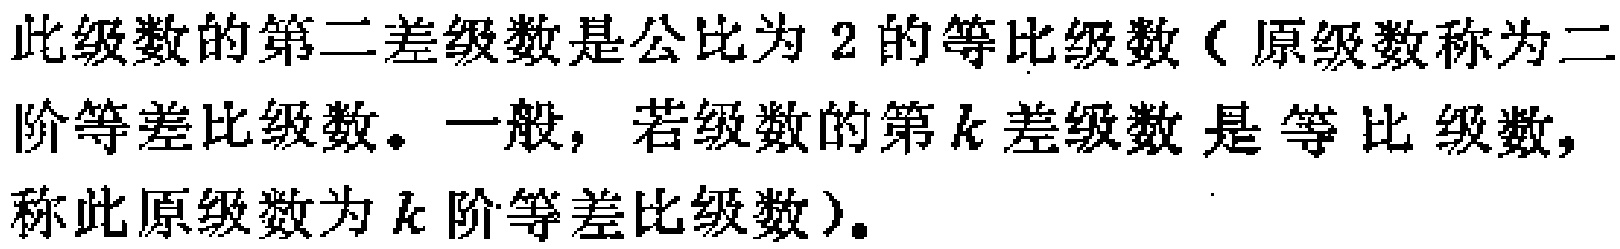
此级数的第二差级数是公比为 2 的等比级数（原级数称为二阶等差比级数。一般，若级数的第\(k\)差级数是等比级数，称此原级数为\(k\)阶等差比级数）。